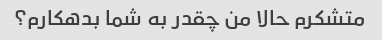
متشکرم حالا من چقدر به شما بدهکارم؟